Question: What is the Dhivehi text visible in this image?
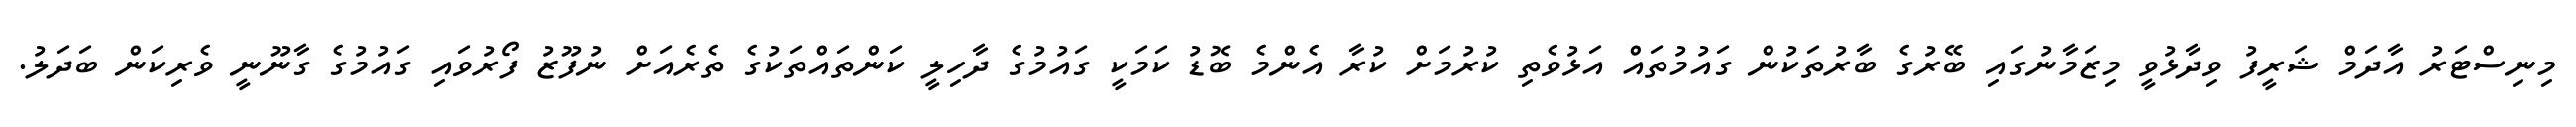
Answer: މިނިސްޓަރު އާދަމް ޝަރީފު ވިދާޅުވީ މިޒަމާނުގައި ބޭރުގެ ބާރުތަކުން ގައުމުތައް އަޅުވެތި ކުރުމަށް ކުރާ އެންމެ ބޮޑު ކަމަކީ ގައުމުގެ ދާހިލީ ކަންތައްތަކުގެ ތެރެއަށް ނުފޫޒު ފޯރުވައި ގައުމުގެ ގާނޫނީ ވެރިކަން ބަދަލު.